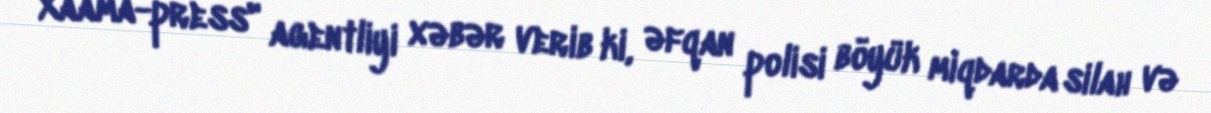
Xaama-press" agentliyi xəbər verib ki, əfqan polisi böyük miqdarda silah və